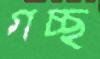
গচ্ছ